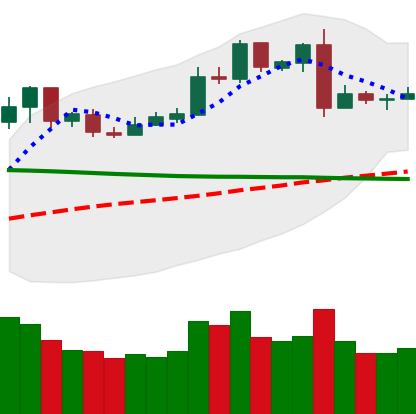
Ticker: LTC-USD
Chart end date: 2019-02-28
Forward return: 14.913%
Label: up_7plus